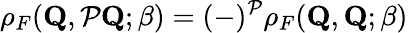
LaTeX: \rho_{F}(\mathbf{Q},{\cal P}\mathbf{Q};\beta)=(-)^{\cal P}\rho_{F}(\mathbf{Q},\mathbf{Q};\beta)